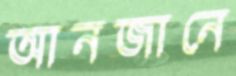
আনজানে